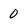
Character: 0